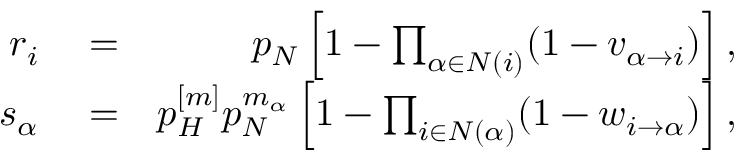
\begin{array} { r l r } { r _ { i } } & { { } = } & { p _ { N } \left[ 1 - \prod _ { \alpha \in N ( i ) } ( 1 - v _ { \alpha \rightarrow i } ) \right] , } \\ { s _ { \alpha } } & { { } = } & { p _ { H } ^ { [ m ] } p _ { N } ^ { m _ { \alpha } } \left[ 1 - \prod _ { i \in N ( \alpha ) } ( 1 - w _ { i \rightarrow \alpha } ) \right] , } \end{array}